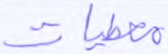
معطيات